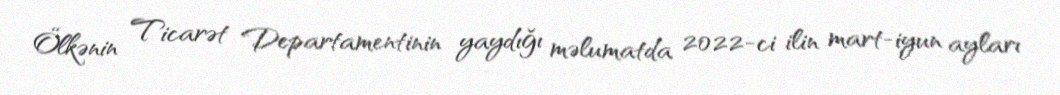
Ölkənin Ticarət Departamentinin yaydığı məlumatda 2022-ci ilin mart-iyun ayları